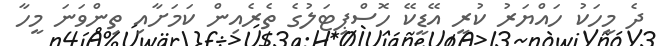
ދެ މީހަކު ހައްޔަރު ކުރީ އޭޑީކޭ ހޮސްޕިޓަލުގެ ތެރެއިން ކަމަށާއި ތިންވަނަ މީހާ